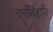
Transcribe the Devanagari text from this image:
वनबिहारि